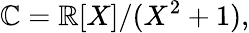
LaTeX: \mathbb{C}=\mathbb{R}[X]/(X^{2}+1),